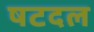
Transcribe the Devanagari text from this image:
षटदल